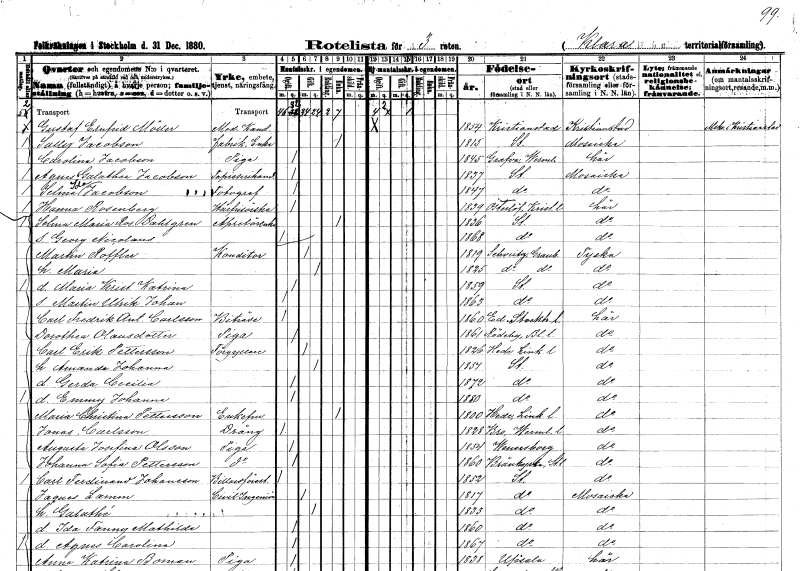
gt_parse: households: individuals: FN: Gustaf Ernfrid
EN: Möller
YRKE: Medicine kandidat
KON: M
CIV: O
FODAR: 1854
FODFORS: Kristianstad Kristianstads län
FN: Sally
EN: Jacobson
YRKE: Fabrik.änka
KON: K
CIV: E
FODAR: 1815
FODFORS: Stockholm
FN: Carolina
EN: Jacobson
YRKE: Piga
KON: K
CIV: O
FODAR: 1845
FODFORS: Grava Värmlands län
FN: Agnes Galathea
EN: Jacobson
YRKE: Tapisserihandlare
KON: K
CIV: O
FODAR: 1837
FODFORS: Stockholm
FN: Selma Ida
EN: Jacobson
YRKE: Fotograf
KON: K
CIV: O
FODAR: 1847
FODFORS: Stockholm
FN: Hanna
EN: Rosenberg
YRKE: Hårfrisörska
KON: K
CIV: O
FODAR: 1839
FODFORS: Österslöv Kristianstads län
FN: Selma Maria
EN: Ros. Dahlgren
YRKE: Apretöränka
KON: K
CIV: E
FODAR: 1836
FODFORS: Stockholm
FN: Georg Nicolaus
KON: M
CIV: O
FODAR: 1868
FODFORS: Stockholm
FN: Martin
EN: Roffler
YRKE: Konditor
KON: M
CIV: G
FODAR: 1819
FN: Maria
KON: K
CIV: G
FODAR: 1825
FN: Maria Kristina Katrina
KON: K
CIV: O
FODAR: 1859
FODFORS: Stockholm
FN: Martin Ulrik Johan
KON: M
CIV: O
FODAR: 1863
FODFORS: Stockholm
FN: Carl Fredrik Ant.
EN: Carlsson
YRKE: Biträde
KON: M
CIV: O
FODAR: 1860
FODFORS: Ed Stockholms län
FN: Dorothea
EN: Olausdotter
YRKE: Piga
KON: K
CIV: O
FODAR: 1861
FODFORS: Rödeby Blekinge län
FN: Carl Erik
EN: Pettersson
YRKE: Förgyllare
KON: M
CIV: G
FODAR: 1826
FODFORS: Heda Östergötlands län
FN: Amanda Johanna
KON: K
CIV: G
FODAR: 1854
FODFORS: Stockholm
FN: Gerda Cecilia
KON: K
CIV: O
FODAR: 1872
FODFORS: Stockholm
FN: Emmy Johanna
KON: K
CIV: O
FODAR: 1880
FODFORS: Stockholm
FN: Maria Christina
EN: Pettersson
KON: K
CIV: E
FODAR: 1800
FODFORS: Heda Östergötlands län
FN: Jonas
EN: Carlsson
YRKE: Dräng
KON: M
CIV: O
FODAR: 1828
FODFORS: Bro Värmlands län
FN: Augusta Josefina
EN: Olsson
YRKE: Piga
KON: K
CIV: O
FODAR: 1854
FODFORS: Vänersborg Älvsborgs län
FN: Johanna Sofia
EN: Pettersson
YRKE: Piga
KON: K
CIV: O
FODAR: 1860
FODFORS: Brännkyrka Stockholms län
FN: Carl Ferdinand
EN: Johansson
YRKE: Biljardföreståndare
KON: M
CIV: O
FODAR: 1852
FODFORS: Stockholm
FN: Jaques
EN: Lamm
YRKE: Civilingenjör
KON: M
CIV: G
FODAR: 1817
FODFORS: Stockholm
FN: Galathé
KON: K
CIV: G
FODAR: 1833
FODFORS: Stockholm
FN: Ida Fanny Mathilda
KON: K
CIV: O
FODAR: 1860
FODFORS: Stockholm
FN: Agnes Carolina
KON: K
CIV: O
FODAR: 1867
FODFORS: Stockholm
FN: Anna Katrina
EN: Boman
YRKE: Piga
KON: K
CIV: O
FODAR: 1838
FODFORS: Uppsala Uppsala län